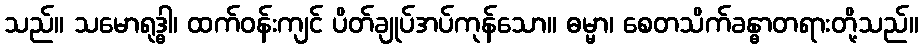
သည်။ သမောရုဒ္ဓါ၊ ထက်ဝန်းကျင် ပိတ်ချုပ်အပ်ကုန်သော။ ဓမ္မာ၊ စေတသိက်ခန္ဓာတရားတို့သည်။